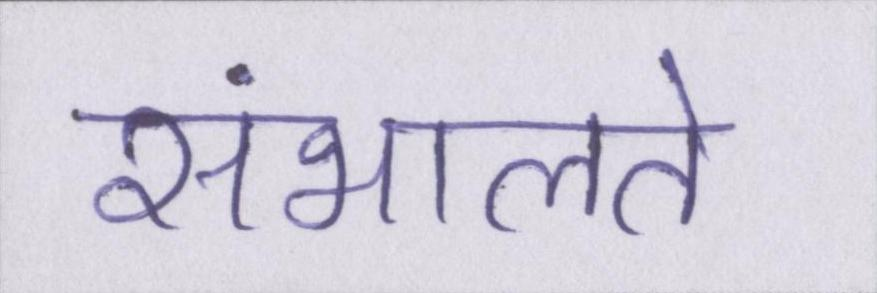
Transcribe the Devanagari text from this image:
संभालते